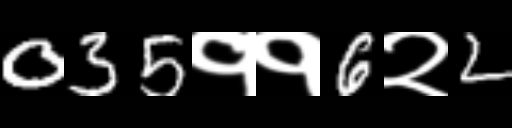
Text: 035११6२2